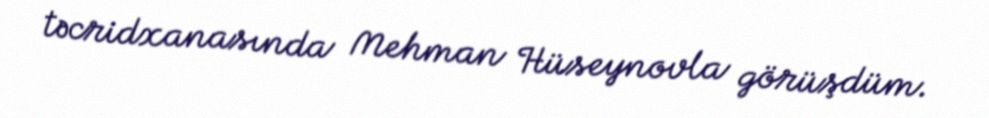
təcridxanasında Mehman Hüseynovla görüşdüm.